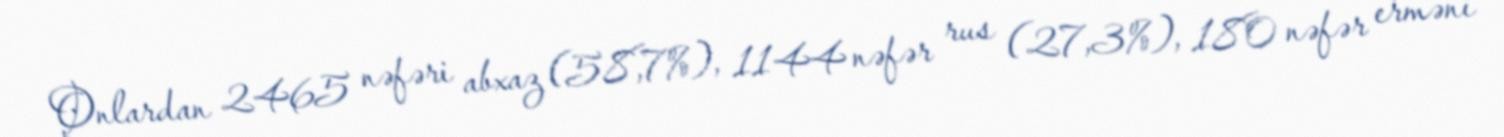
Onlardan 2465 nəfəri abxaz (58,7%), 1144 nəfər rus (27,3%), 180 nəfər erməni